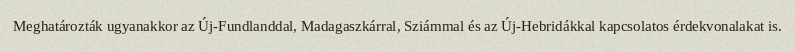
Meghatározták ugyanakkor az Új-Fundlanddal, Madagaszkárral, Sziámmal és az Új-Hebridákkal kapcsolatos érdekvonalakat is.